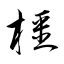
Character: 橿